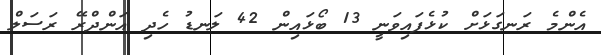
އެންމެ ރަނގަޅަށް ކުޅެފައިވަނީ 13 ބޯޅައިން 42 ލަނޑު ހެދި އަންދްރޭ ރަސަލް